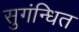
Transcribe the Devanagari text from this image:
सुगंन्‍धित